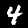
Digit: 4